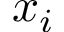
x _ { i }